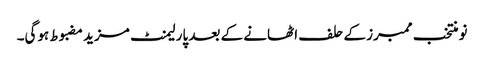
نو منتخب ممبرز کے حلف اٹھانے کے بعد پارلیمنٹ مزید مضبوط ہوگی۔